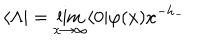
\langle \Lambda | = \lim _ { x \rightarrow \infty } \langle 0 | \varphi ( x ) x ^ { - h _ { - } }